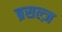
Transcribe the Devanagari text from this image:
ब्रसल्ज़